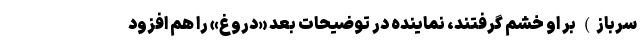
سرباز) بر او خشم گرفتند، نماینده در توضیحات بعد «دروغ» را هم افزود